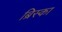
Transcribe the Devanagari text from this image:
ब्रिस्का